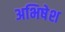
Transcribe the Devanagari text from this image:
अभिषेश